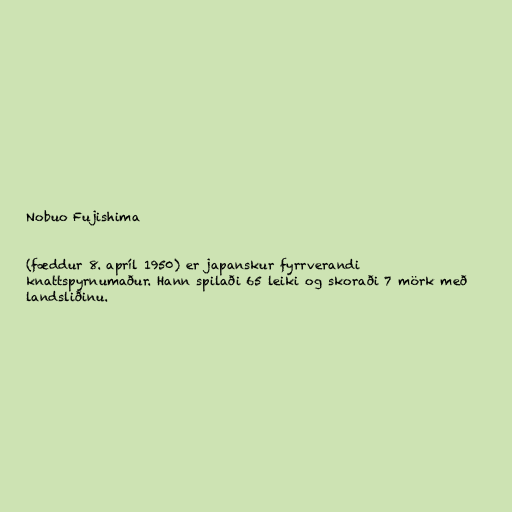
Nobuo Fujishima

(fæddur 8. apríl 1950) er japanskur fyrrverandi
knattspyrnumaður. Hann spilaði 65 leiki og skoraði 7 mörk með
landsliðinu.